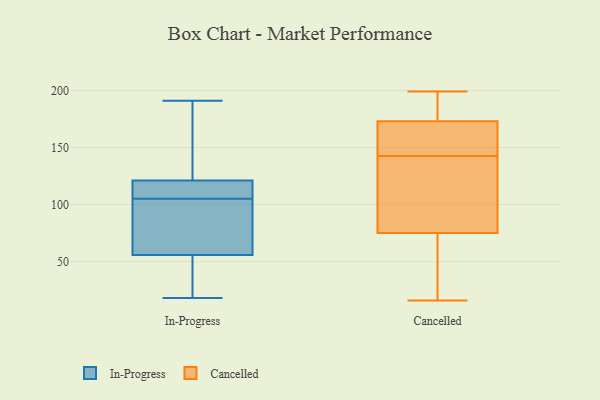
{"axis": {"x": "Demand Index", "y": "Value"}, "legend": ["Cancelled", "In-Progress"], "data": [{"x": "", "y": 115, "type": "In-Progress"}, {"x": "", "y": 20, "type": "In-Progress"}, {"x": "", "y": 82, "type": "In-Progress"}, {"x": "", "y": 98, "type": "In-Progress"}, {"x": "", "y": 50, "type": "In-Progress"}, {"x": "", "y": 105, "type": "In-Progress"}, {"x": "", "y": 170, "type": "In-Progress"}, {"x": "", "y": 122, "type": "In-Progress"}, {"x": "", "y": 139, "type": "In-Progress"}, {"x": "", "y": 106, "type": "In-Progress"}, {"x": "", "y": 18, "type": "In-Progress"}, {"x": "", "y": 32, "type": "In-Progress"}, {"x": "", "y": 118, "type": "In-Progress"}, {"x": "", "y": 109, "type": "In-Progress"}, {"x": "", "y": 29, "type": "In-Progress"}, {"x": "", "y": 160, "type": "In-Progress"}, {"x": "", "y": 191, "type": "In-Progress"}, {"x": "", "y": 73, "type": "In-Progress"}, {"x": "", "y": 105, "type": "In-Progress"}, {"x": "", "y": 146, "type": "Cancelled"}, {"x": "", "y": 21, "type": "Cancelled"}, {"x": "", "y": 16, "type": "Cancelled"}, {"x": "", "y": 145, "type": "Cancelled"}, {"x": "", "y": 154, "type": "Cancelled"}, {"x": "", "y": 125, "type": "Cancelled"}, {"x": "", "y": 199, "type": "Cancelled"}, {"x": "", "y": 49, "type": "Cancelled"}, {"x": "", "y": 75, "type": "Cancelled"}, {"x": "", "y": 173, "type": "Cancelled"}, {"x": "", "y": 133, "type": "Cancelled"}, {"x": "", "y": 174, "type": "Cancelled"}, {"x": "", "y": 140, "type": "Cancelled"}, {"x": "", "y": 191, "type": "Cancelled"}, {"x": "", "y": 75, "type": "Cancelled"}, {"x": "", "y": 192, "type": "Cancelled"}, {"x": "", "y": 71, "type": "Cancelled"}, {"x": "", "y": 155, "type": "Cancelled"}]}